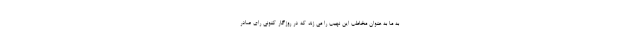
به ما به عنوان مخاطب این نهیب را می زند که در روزگار کنونی رای صادر